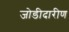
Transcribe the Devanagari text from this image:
जोडीदारीण